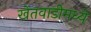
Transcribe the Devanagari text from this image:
खेतवाडीमध्ये